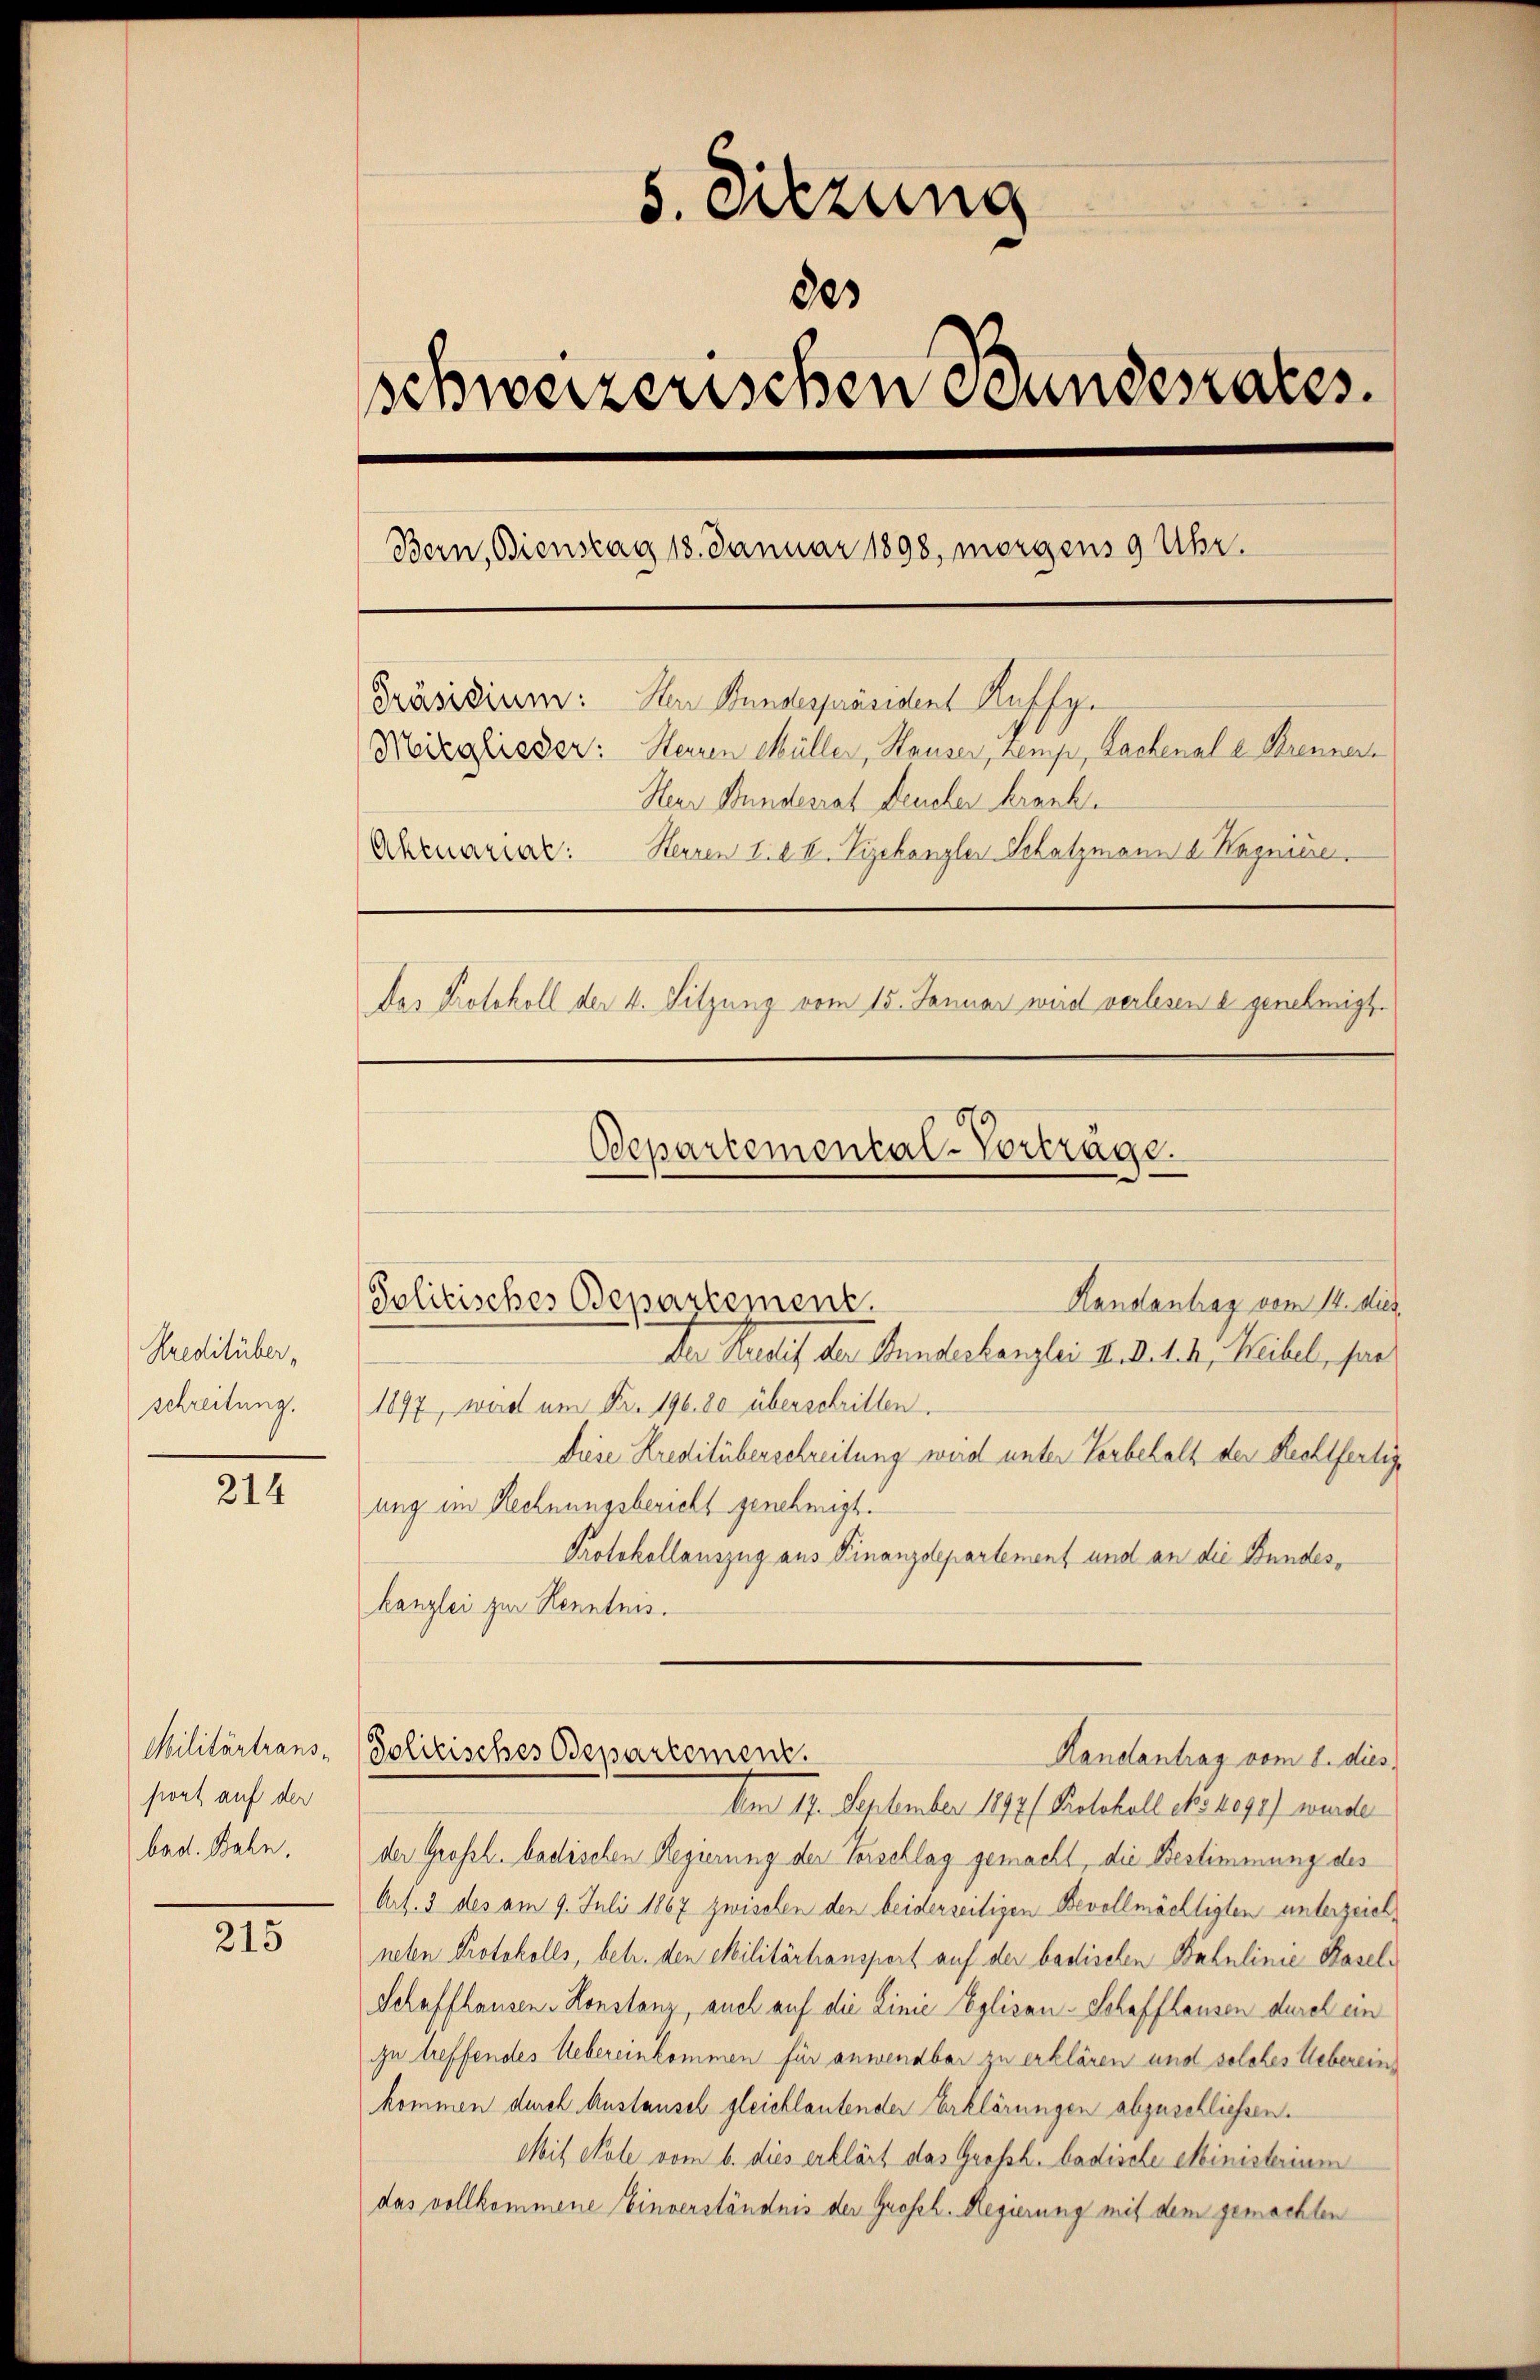
Kreditüber,
schreitung.

214

Militärtranssont auf der
bad. Bahn.

215

5. Sitzung
803
schweizerischen Bundesrates.
Bern, Bienstag 18. Januar 1898, morgens 9 Uhr.
Präsidium: Der Bundespräsident Ruffge
Moizahisser: Herren Müller, Hauser, zemp, Lachenale Krenner
Herr Bundesrat Deucher krank.
Aktuarial.
Herren d. d. h. Vizekanzler Schatzmann a. Wagniere
Das Protokoll der 4. Sitzung vom 15. Januar wird verlesen a genehmigt.
Departemental-Vorträge.

1897, wird am Fr. 196. 80 überschritten.
Diese Kreditüberschreibung wird unter Vorbehalt der Rechtfertige
ung im Rechnungsbericht genehmigt.
Protokollauszug aus Finanzdepartement und an die Bundeskanzlei zur Kenntnis.
Jolitisches Departement.
Handantrag vom 8. dies.
Am 17. September 1897/ Protokoll No 1091) wurde
der Großh. badischen Regierung der Verschlag gemacht, die Bestimmung des
Art. 3 des am 9. Juli 1867 zwischen den beiderseitigen Bevollmächtigten unterzeichneten Protokolls, betr. den Militärtransport auf der badischen Bahnlinie Basel¬
Schaffhausen-Konstanz, auch auf die Linie Eglisau-Schaffhausen durch ein
zu treffendes Uebereinkommen für anwendbar zu erklären und solches Uebereinkommen durch Austausch gleichlautender Erklärungen abzuschliessen.
Mit Nole vom 6. dies erklärt das Großh. badische Ministerium
das vollkommene Einverständnis der Grosch. Regierung mit dem gemachten

Handantrag vom 14. dies
Politisches Departement.
Den Ratif der Stundeskanzlei M. D. l. 4, Weibel, par